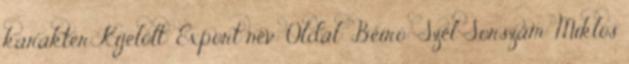
karakter Kijelölt: Export név: Oldal: Beíró: Szél Sorszám: Miklós